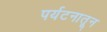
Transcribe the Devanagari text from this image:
पर्यटनातून